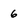
Character: 6